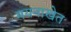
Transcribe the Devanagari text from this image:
मयनाखेत